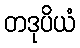
တဒုပိယံ